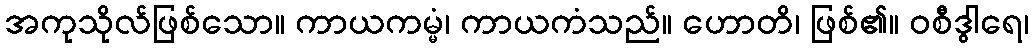
အကုသိုလ်ဖြစ်သော။ ကာယကမ္မံ၊ ကာယကံသည်။ ဟောတိ၊ ဖြစ်၏။ ဝစီဒွါရေ၊